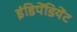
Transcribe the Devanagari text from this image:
इंडिपेंडियेंट